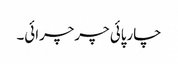
چارپائی چرچرائی۔